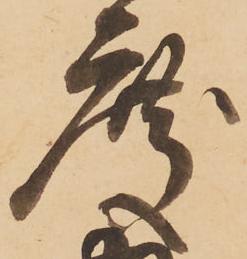
度